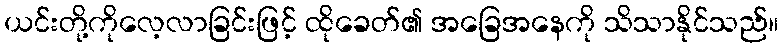
ယင်းတို့ကိုလေ့လာခြင်းဖြင့် ထိုခေတ်၏ အခြေအနေကို သိသာနိုင်သည်။